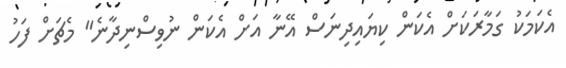
އެކަމަކު ގަމާރަކަށް އެކަން ކިޔައިދިނަސް އޭނާ އަށް އެކަން ނުވިސްނިދާނެ" މެޗަށް ފަހު